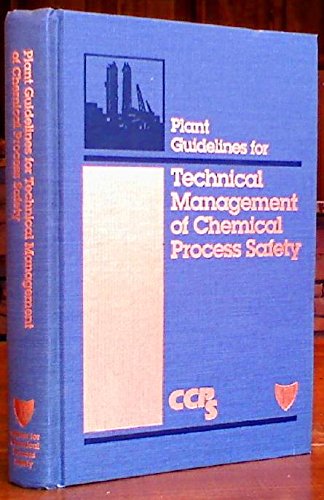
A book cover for Plant Guidelines for Technical Management of Chemical Process Safety; Center for Chemical Process Safety; Science & Math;